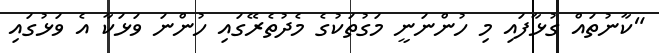
"ކާނުތައް ގުޅާފައި މި ހުންނަނީ މަގުތަކުގެ މެދުތެރޭގައި ހުންނަ ވަޅަކާ އެ ވަޅުގައި